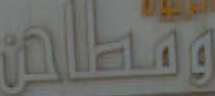
ومطاحن